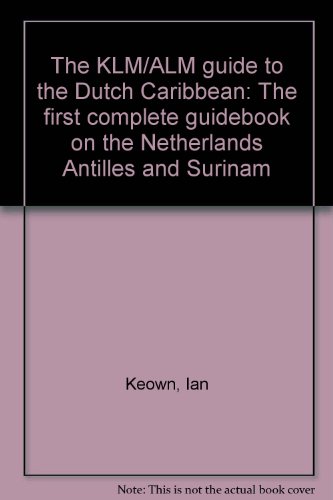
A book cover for The KLM/ALM guide to the Dutch Caribbean: The first complete guidebook on the Netherlands Antilles and Surinam; Ian Keown; Travel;